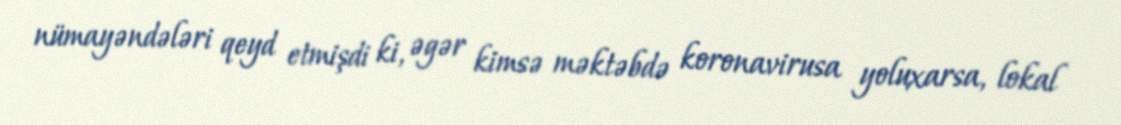
nümayəndələri qeyd etmişdi ki, əgər kimsə məktəbdə koronavirusa yoluxarsa, lokal